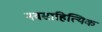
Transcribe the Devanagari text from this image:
नवसाहित्यिक